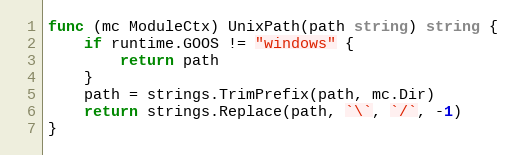
Language: Go
func (mc ModuleCtx) UnixPath(path string) string {
	if runtime.GOOS != "windows" {
		return path
	}
	path = strings.TrimPrefix(path, mc.Dir)
	return strings.Replace(path, `\`, `/`, -1)
}